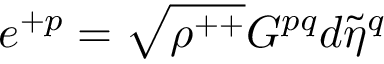
e ^ { + p } = \sqrt { \rho ^ { + + } } G ^ { p q } d { \tilde { \eta } } ^ { q }